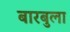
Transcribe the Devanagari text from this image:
बारबुला